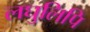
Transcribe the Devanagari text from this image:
लघुलिपि